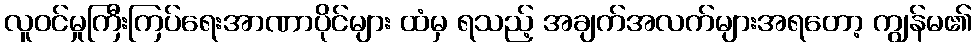
လူဝင်မှုကြီးကြပ်ရေးအာဏာပိုင်များ ထံမှ ရသည့် အချက်အလက်များအရတော့ ကျွန်မ၏